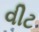
વીટ